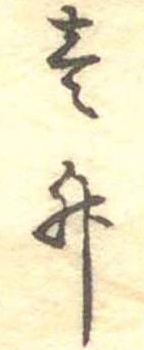
壱升